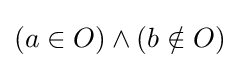
(a\in O)\wedge (b\notin O)